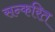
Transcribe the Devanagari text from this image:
सन्करित